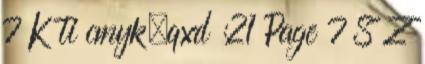
7 K ti cmyk.qxd :21 Page 7 S Z